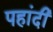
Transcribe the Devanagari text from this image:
पहांदी